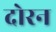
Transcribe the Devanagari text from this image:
दोरन